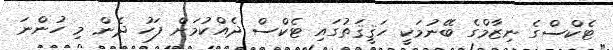
ޓެކްސްގެ ނިޒާމްގެ ބޭނުމަކީ ހަޤީޤަތުގައި ޓެކްސް ދެއްކުމަށް ފަހު ދެން މި ހުންނަ